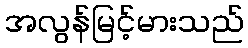
အလွန်မြင့်မားသည်